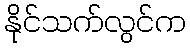
နိုင်သက်လွင်က